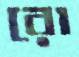
রো